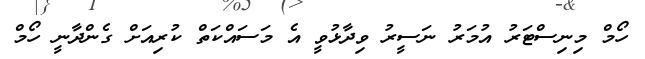
ހޯމް މިނިސްޓަރު އުމަރު ނަސީރު ވިދާޅުވީ އެ މަސައްކަތް ކުރިއަށް ގެންދާނީ ހޯމް